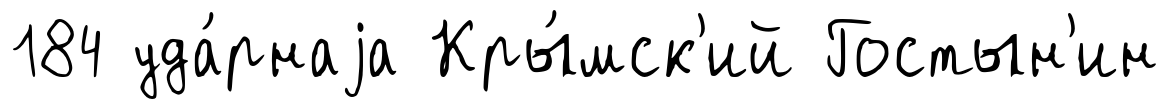
184 уда́рнаjа Кры́мск'ий Гостын'ин